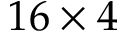
1 6 \times 4